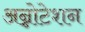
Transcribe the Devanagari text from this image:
अन्नोटेशन